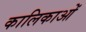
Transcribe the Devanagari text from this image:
कालिकाओं